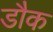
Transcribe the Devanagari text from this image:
डौक